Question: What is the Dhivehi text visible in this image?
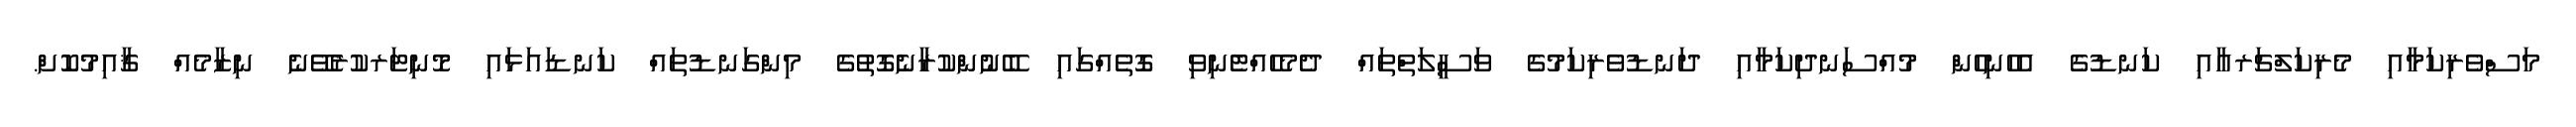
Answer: މަސްވެރިކަމާއި މެރިކަލްޗަރއާއި ކަނޑުގެ އެހެނިހެން މުއްސަނދިކަމާއި ދަނޑުވެރިކަމުގެ ވަސީލަތްތައް ދެމެހެއްޓެނިވި ގޮތެއްގައި ބޭނުންކުރާނެގޮތުގެ މިންގަނޑުތައް ކަނޑައަޅައި މޮނިޓަރކުރެވޭނެ ނިޒާމެއް ޤާއިމުކޮށް.